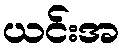
ယင်းအ